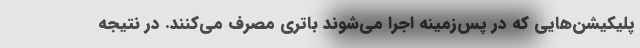
پلیکیشن‌هایی که در پس‌زمینه اجرا می‌شوند باتری مصرف می‌کنند. در نتیجه